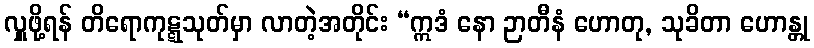
လှူဖို့ရန် တိရောကုဋ္ဋသုတ်မှာ လာတဲ့အတိုင်း “ဣဒံ နော ဉာတီနံ ဟောတု, သုခိတာ ဟောန္တု